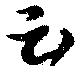
云